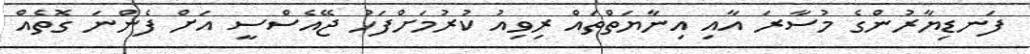
ފަނޑިޔާރުންގެ މުސާރަ އާއި އިނާޔަތްތައް ރިވިއު ކުރުމަށްފަހު ޖޭއެސްސީ އަށް ފެންނަ ގޮތެއް